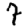
Digit: 7